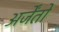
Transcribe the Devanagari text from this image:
अर्जेंतो